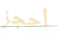
أحجز